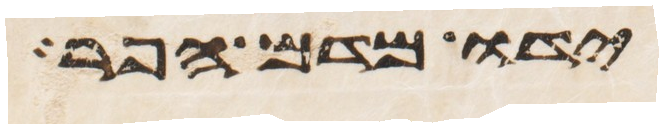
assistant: ידו מדם הפר